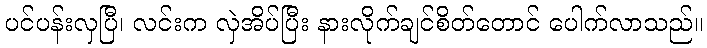
ပင်ပန်းလှပြီ၊ လင်းက လှဲအိပ်ပြီး နားလိုက်ချင်စိတ်တောင် ပေါက်လာသည်။